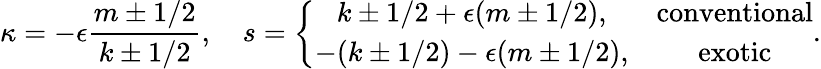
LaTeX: \kappa=-\epsilon\frac{m\pm 1/2}{k\pm 1/2},\quad s=\left\{ \begin{array}{cc}{{k\pm 1/2+\epsilon(m\pm 1/2),}}&{{\mathrm{conventional}}}\\ {{-(k\pm 1/2)-\epsilon(m\pm 1/2),}}&{{\mathrm{exotic}}}\end{array}\right..